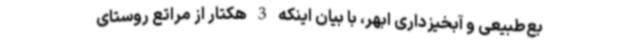
بع‌طبیعی و آبخیزداری ابهر، با بیان اینکه 3 هکتار از مراتع روستای